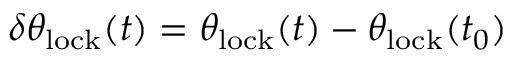
\delta \theta _ { \mathrm { l o c k } } ( t ) = \theta _ { \mathrm { l o c k } } ( t ) - \theta _ { \mathrm { l o c k } } ( t _ { 0 } )